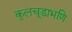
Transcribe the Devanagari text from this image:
कुलचूडाभणि